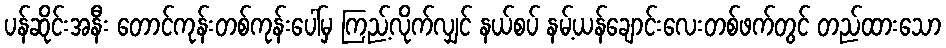
ပန်ဆိုင်းအနီး တောင်ကုန်းတစ်ကုန်းပေါ်မှ ကြည့်လိုက်လျှင် နယ်စပ် နမ့်ယန်ချောင်းလေးတစ်ဖက်တွင် တည်ထားသော